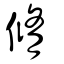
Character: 修